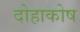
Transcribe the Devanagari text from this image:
दोहाकोष